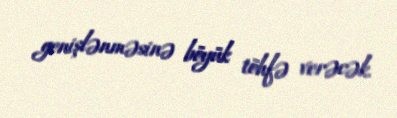
genişlənməsinə böyük töhfə verəcək.